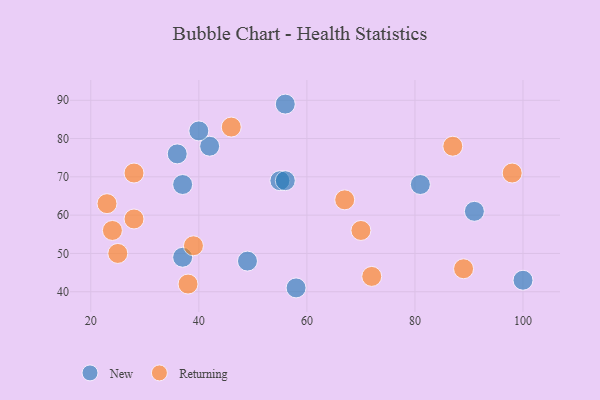
{"axis": {"x": "GDP", "y": "Life Expectancy"}, "legend": ["New", "Returning"], "data": [{"x": "55", "y": 69, "type": "New"}, {"x": "56", "y": 69, "type": "New"}, {"x": "37", "y": 68, "type": "New"}, {"x": "36", "y": 76, "type": "New"}, {"x": "91", "y": 61, "type": "New"}, {"x": "42", "y": 78, "type": "New"}, {"x": "49", "y": 48, "type": "New"}, {"x": "81", "y": 68, "type": "New"}, {"x": "58", "y": 41, "type": "New"}, {"x": "40", "y": 82, "type": "New"}, {"x": "56", "y": 89, "type": "New"}, {"x": "37", "y": 49, "type": "New"}, {"x": "100", "y": 43, "type": "New"}, {"x": "87", "y": 78, "type": "Returning"}, {"x": "67", "y": 64, "type": "Returning"}, {"x": "98", "y": 71, "type": "Returning"}, {"x": "28", "y": 59, "type": "Returning"}, {"x": "70", "y": 56, "type": "Returning"}, {"x": "39", "y": 52, "type": "Returning"}, {"x": "24", "y": 56, "type": "Returning"}, {"x": "28", "y": 71, "type": "Returning"}, {"x": "89", "y": 46, "type": "Returning"}, {"x": "72", "y": 44, "type": "Returning"}, {"x": "38", "y": 42, "type": "Returning"}, {"x": "25", "y": 50, "type": "Returning"}, {"x": "23", "y": 63, "type": "Returning"}, {"x": "46", "y": 83, "type": "Returning"}]}